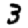
Digit: 3